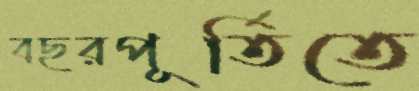
বছরপূর্তিতে